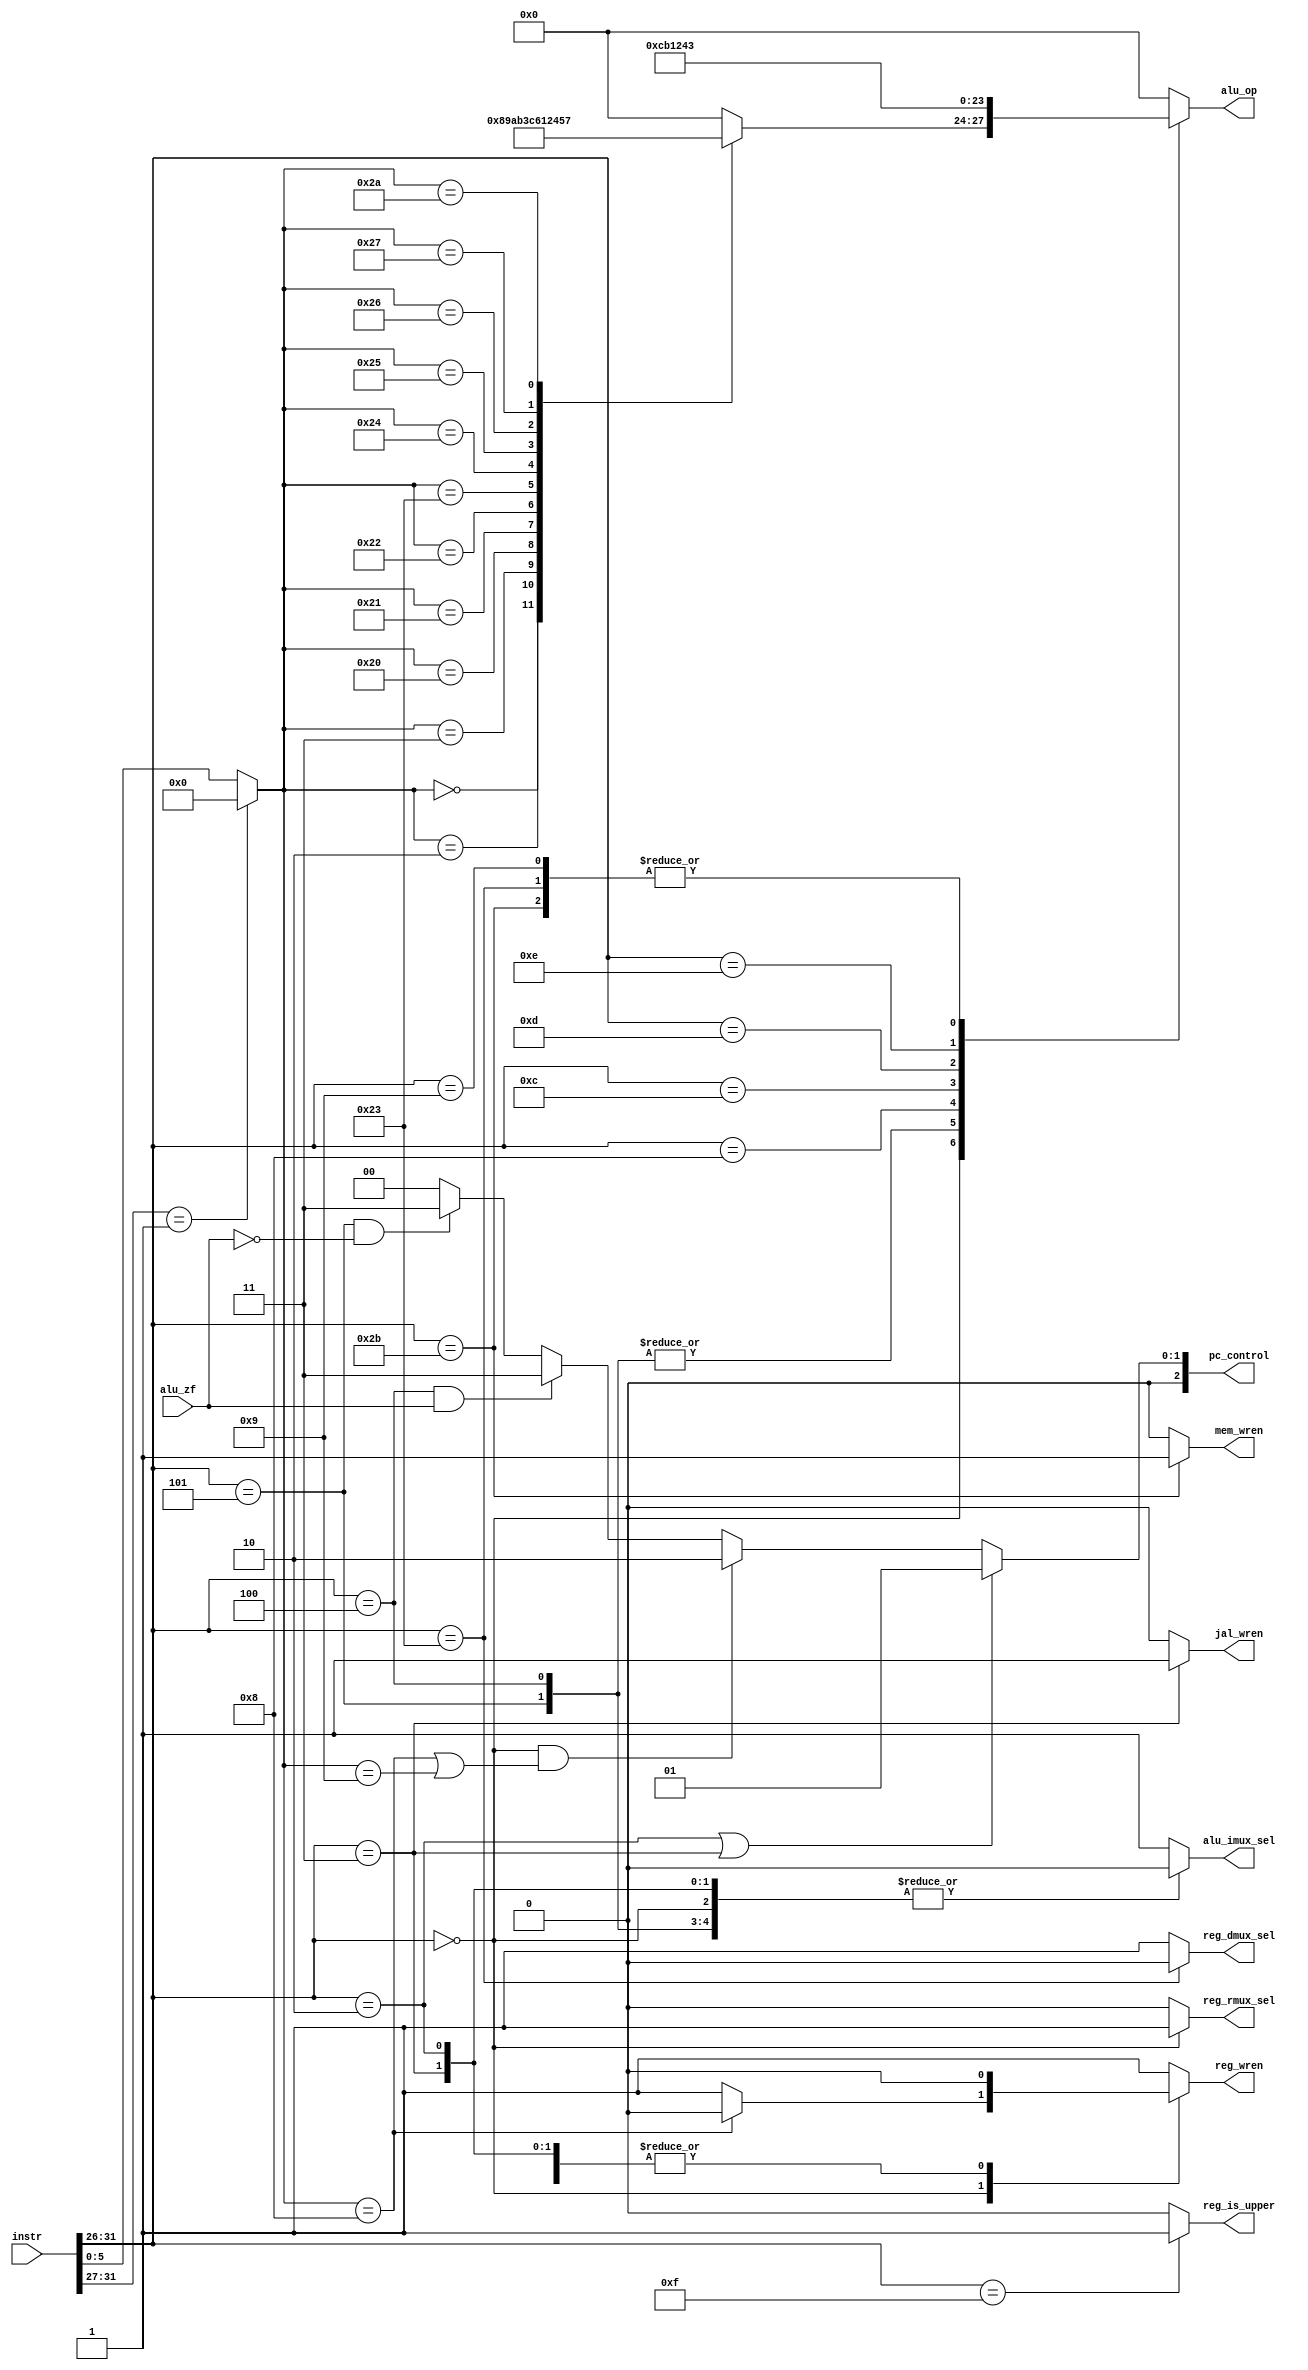
`timescale 1ns / 1ps
module decoder(
  input         [31:0]  instr,
  input                 alu_zf,
  output reg            mem_wren,
  output reg            reg_wren,
  output reg            jal_wren,
  output reg            reg_dmux_sel,
  output reg            reg_rmux_sel,
  output reg            reg_is_upper,
  output reg            alu_imux_sel,
  output reg    [3:0]   alu_op,
  output reg    [2:0]   pc_control
);

  
  parameter ALU_IDLE = 4'b0000;
  parameter ALU_AND  = 4'b0001;
  parameter ALU_OR   = 4'b0010;
  parameter ALU_ADDU = 4'b0011;
  parameter ALU_XOR  = 4'b0100;
  parameter ALU_NOR  = 4'b0101;
  parameter ALU_SUBU = 4'b0110;
  parameter ALU_SLT  = 4'b0111;
  parameter ALU_SLL  = 4'b1000;
  parameter ALU_SRL  = 4'b1001;
  parameter ALU_SRA  = 4'b1010;
  parameter ALU_ADD  = 4'b1011;
  parameter ALU_SUB  = 4'b1100;
  
  reg   [25:0]  addr;
  reg   [5:0]   funct;
  reg   [4:0]   shamt;
  reg   [15:0]  imm;
  reg   [4:0]   rs;
  reg   [4:0]   rt;
  reg   [4:0]   rd;

  wire  [5:0]   op;
  assign op = instr[31:26];

  always @ (*) begin
	 //---------------------------------------------
    // Determine addr, imm, rs/t/d, shamt, funct
    // for different types of instruction.
	 //---------------------------------------------
    casex (op)
      // R-type
      6'b000000: begin
        addr  <= {26{1'b0}};
        imm   <= {16{1'b0}};
        rs    <= instr[25:21];
        rt    <= instr[20:16];
        rd    <= instr[15:11];
        shamt <= instr[10:6];
        funct <= instr[5:0];
      end

      // J-type (J | JAL)
      6'b00001x: begin
        addr  <= instr[25:0];
        imm   <= {16{1'b0}};
        rs    <= {5{1'b0}};
        rt    <= {5{1'b0}};
        rd    <= {5{1'b0}};
        shamt <= {5{1'b0}};
        funct <= {6{1'b0}};
      end

      // I-type
      default: begin
        addr  <= {26{1'b0}};
        imm   <= instr[15:0];
        rs    <= instr[25:21];
        rt    <= instr[20:16];
        rd    <= {5{1'b0}};
        shamt <= instr[10:6];
        funct <= instr[5:0];
      end
    endcase
	 
	 //---------------------------------------------
	 // Set signals for ALU, PC, REG and MEMs.
	 // 
	 // mem_wren: set to write data to memory. 
	 // only set for Sx instructions (28~2E).
	 // 
	 // reg_wren: set to write data to registers. 
	 // Only NOT set for J, Branch and Sx instructions.
	 // 
	 // reg_dmux_sel: set to let ALU load data from register.
	 // If not set, ALU will load data from memory, only for Lx instructions.
	 // 
	 // reg_rmux_sel: set to use rd register instead of rt register.
	 // Only set for all R-type instructions.
	 // 
	 // alu_imux_sel: set to use immediate number instead of rt register.
	 // Only set for I-type instructions.
	 //---------------------------------------------
	 
	 mem_wren <= 0;     // Only for Sx instructions
	 reg_wren <= 1;     // DEFAULT IS 1!!!!!!!
	 jal_wren <= 0;	  // Only for JAL instruction
	 reg_dmux_sel <= 1; // DEFAULT IS 1!!!!!!!
	 reg_rmux_sel <= 0; // Only for R-type instructions
	 reg_is_upper <= 0; // Only for LUI instruction
	 alu_imux_sel <= 1; // DEFAULT IS 1!!!!!!!
	 alu_op <= ALU_IDLE;
	 
	 case (op)
		// Special group
		6'b000000: begin
		  // set R-mux and I-mux for all R-type instructions
		  reg_rmux_sel <= 1;
		  alu_imux_sel <= 0;
		  case (funct)
		    // 00-00 SLL
			 6'b000000: begin
			   alu_op <= ALU_SLL;
			 end
			 // 00-02 SRL
			 6'b000010: begin
			   alu_op <= ALU_SRL;
			 end
			 // 00-03 SRA
			 6'b000011: begin
			   alu_op <= ALU_SRA;
			 end
			 // 00-08 JR
		    6'b001000: begin
			   reg_wren <= 0;
			 end
			 // 00-09 JAR   is not implemented!
			 // 00-20 ADD
			 6'b100000: begin
			   alu_op <= ALU_ADD;
			 end
			 // 00-21 ADDU
			 6'b100001: begin
			   alu_op <= ALU_ADDU;
			 end
			 // 00-22 SUB
			 6'b100010: begin
			   alu_op <= ALU_SUB;
			 end
			 // 00-23 SUBU
			 6'b100011: begin
			   alu_op <= ALU_SUBU;
			 end
			 // 00-24 AND
			 6'b100100: begin
			   alu_op <= ALU_AND;
			 end
			 // 00-25 OR
			 6'b100101: begin
			   alu_op <= ALU_OR;
			 end
			 // 00-26 XOR
			 6'b100110: begin
			   alu_op <= ALU_XOR;
			 end
			 // 00-27 NOR
			 6'b100111: begin
			   alu_op <= ALU_NOR;
			 end
			 // 00-2A SLT
			 6'b101010: begin
			   alu_op <= ALU_SLT;
			 end
			 // 00-2B SLTU  is not implemented!
		  endcase
	   end
		
		// 02 J
		6'b000010: begin
		  alu_imux_sel <= 0;
		  reg_wren <= 0;
		end
		// 03 JAL
		6'b000011: begin
		  jal_wren <= 1;
		  alu_imux_sel <= 0;
		  reg_wren <= 0;
		end
		// 04 BEQ
		6'b000100: begin
		  alu_op <= ALU_SUB;
		  alu_imux_sel <= 0;
		  reg_wren <= 0;
		end
		// 05 BNE
		6'b000101: begin
		  alu_op <= ALU_SUB;
	     alu_imux_sel <= 0;
		  reg_wren <= 0;
		end
		// 06 BLEZ  is not implemented!
		// 07 BGTZ  is not implemented!
		// 08 ADDI
		6'b001000: begin
		  alu_op <= ALU_ADD;
		end
		// 09 ADDIU
		6'b001001: begin
		  alu_op <= ALU_ADDU;
		end
		// 0A SLTI  is not implemented!
		// 0B SLTIU is not implemented!
		// 0C ANDI
		6'b001100: begin
		  alu_op <= ALU_AND;
		end
		// 0D ORI
		6'b001101: begin
		  alu_op <= ALU_OR;
		end
		// 0E XORI
		6'b001110: begin
		  alu_op <= ALU_XOR;
		end
		// 0F LUI
		6'b001111: begin
		  reg_is_upper <= 1;
		end
		// 14 BEQL  is not implemented!
		// 15 BNEL  is not implemented!
		// 16 BLEZL is not implemented!
		// 17 BGTZL is not implemented!
		// 20 LB    is not implemented!
		// 21 LH    is not implemented!
		// 22 LWL   is not implemented!
		// 23 LW
		6'b100011: begin
		  alu_op <= ALU_ADDU;
        reg_dmux_sel <= 0;
      end 
		// 24 LBU   is not implemented!
		// 25 LHU   is not implemented!
		// 26 LWR   is not implemented!
		// 28 SB    is not implemented!
		// 29 SH    is not implemented!
		// 2A SWL   is not implemented!
		// 2B SW
		6'b101011: begin
		  alu_op <= ALU_ADDU;
		  mem_wren <= 1;
		  reg_wren <= 0;
		end
		// 2E SWR   is not implemented!
	 endcase
  end
  
  always @ (op or alu_zf) begin
	 //---------------------------------------------
    // Set PC control code according to instructions and ALU result
	 //---------------------------------------------
	 pc_control <= 3'b000;
    if (op == 6'b000010 || op == 6'b000011) begin
      // J(02) | JAL(03)
      pc_control <= 3'b001;
    end else if (op == 6'b000000 && (funct == 6'b001000 || funct == 6'b001001)) begin
      // JR(00-08) | JALR(00-09)
      pc_control <= 3'b010;
    end else if (op == 6'b000100 && alu_zf == 1) begin
      // BEQ(04) Branching if equal
      pc_control <= 3'b011;
    end else if (op == 6'b000101 && alu_zf == 0) begin
      // BNE(05) Branching if not equal
      pc_control <= 3'b011;
    end else begin
      pc_control <= 3'b000;
    end
  end

endmodule